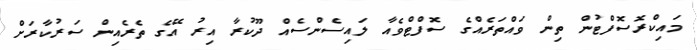
މައިކްރޮސޮފްޓުން ތިން ވައްތަރެއްގެ ސޮފްޓްވެއާ ލައިސެންސެއް ދޫކުރާ އިރު އޭގެ ތެރެއިން ސަރުކާރަށް